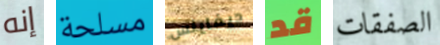
إنه مسلحة ديفاينس قد الصفقات